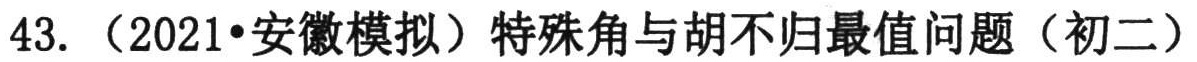
43. （2021•安徽模拟）特殊角与胡不归最值问题（初二）